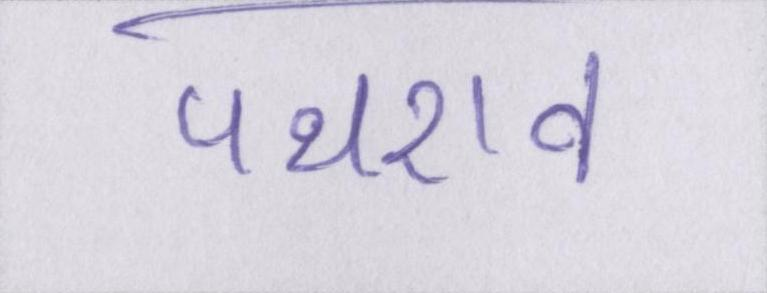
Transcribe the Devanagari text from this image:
पथराव